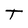
Character: T